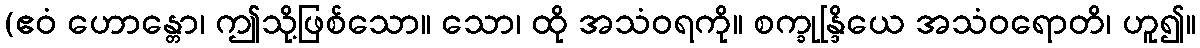
(ဧဝံ ဟောန္တော၊ ဤသို့ဖြစ်သော။ သော၊ ထို အသံဝရကို။ စက္ခုန္ဒြိယေ အသံဝရောတိ၊ ဟူ၍။